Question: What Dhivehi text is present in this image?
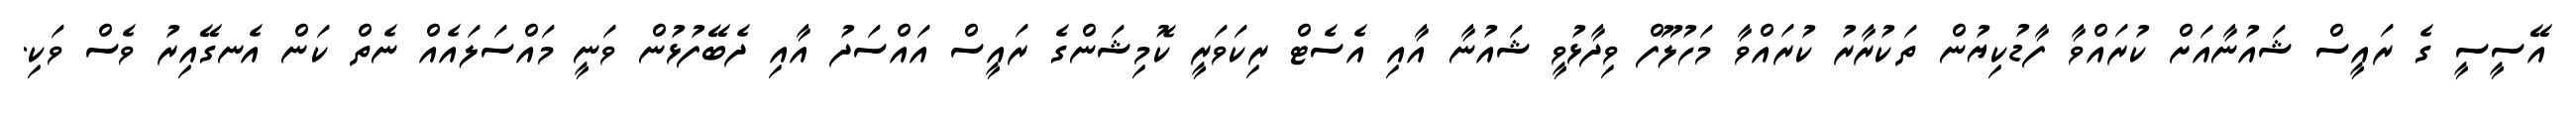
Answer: އޭސީސީ ގެ ރައީސް ޝައުނާއަށް ކުރައްވާ ފާޑުކިޔުން ތަކުރާރު ކުރައްވާ މަހުލޫފް ވިދާޅުވީ ޝައުނާ އާއި އެސެޓް ރިކަވަރީ ކޮމިޝަންގެ ރައީސް އައްސަދު އާއި ދެބޭފުޅުން ވަނީ މައްސަލައެއް ނެތް ކަން އެނގޭއިރު ވެސް ވަކި.